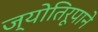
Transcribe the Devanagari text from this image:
ज्योतिरूपाने